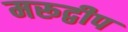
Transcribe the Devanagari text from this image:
मरूद्वीप